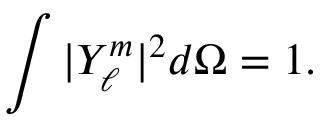
\int { | Y _ { \ell } ^ { m } | ^ { 2 } d \Omega } = 1 .